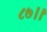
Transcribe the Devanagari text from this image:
८७।।